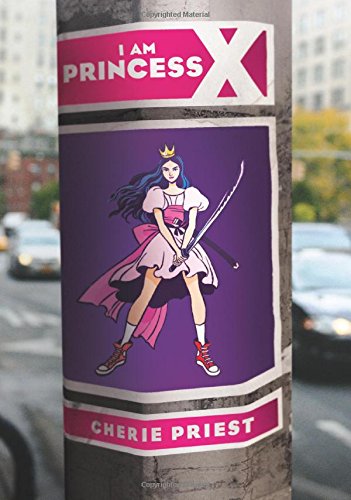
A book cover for I Am Princess X; Cherie Priest; Teen & Young Adult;